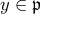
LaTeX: y \in { \mathfrak { p } }